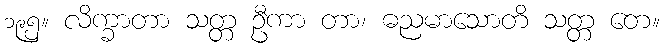
၁၉၅။ လိက္ခာတာ သတ္တ ဦကာ တာ၊ ဓညမာသောတိ သတ္တ တေ။